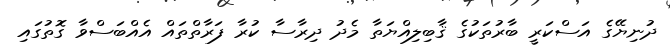
ދުނިޔޭގެ އަސްކަރީ ބާރުތަކުގެ ޤާބިލިއްޔަތާ މެދު ދިރާސާ ކުރާ ފަރާތްތައް އެއްބަސްވާ ގޮތުގައި